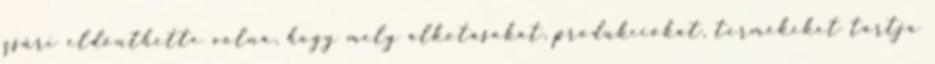
zsűri eldönthette volna, hogy mely alkotásokat, produkciókat, termékeket tartja